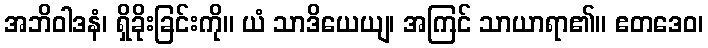
အဘိဝါဒနံ၊ ရှိခိုးခြင်းကို။ ယံ သာဒိယေယျ၊ အကြင် သာယာရာ၏။ ဧတဒေဝ၊